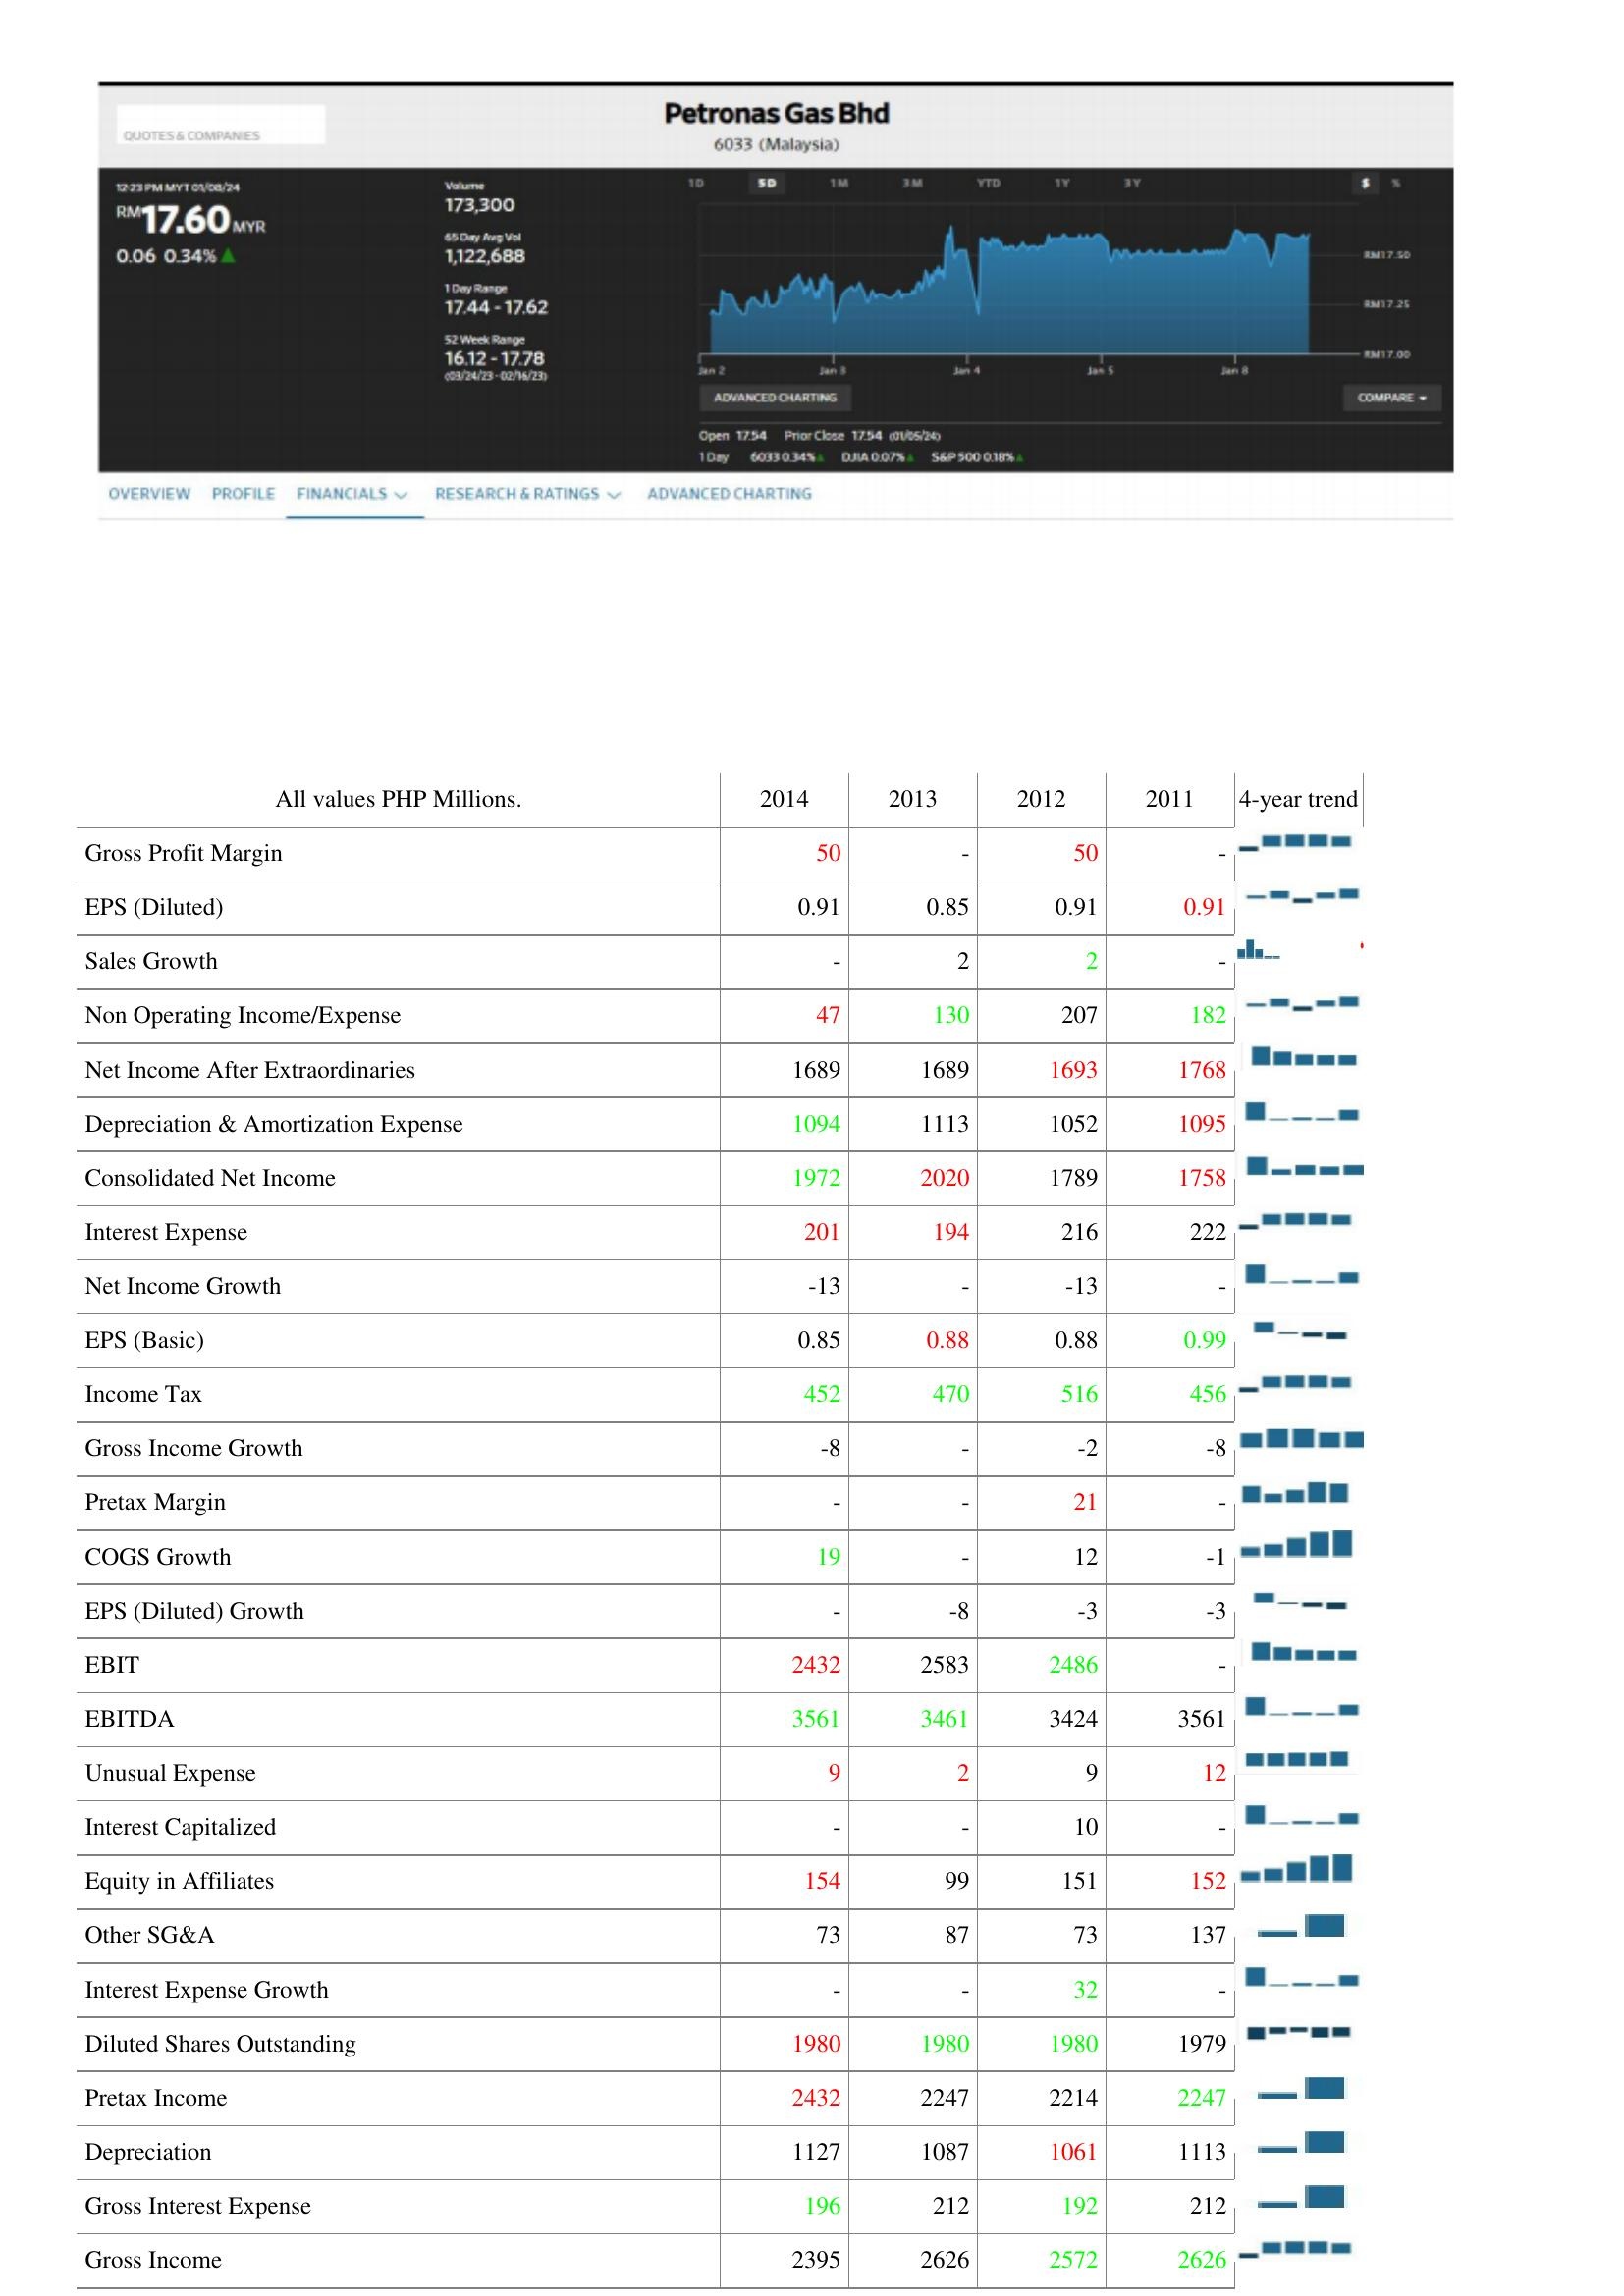
2014: : Gross Profit Margin: 50
EPS (Diluted): 0.91
Sales Growth: -
Non Operating Income/Expense: 47
Net Income After Extraordinaries: 1689
Depreciation & Amortization Expense: 1094
Consolidated Net Income: 1972
Interest Expense: 201
Net Income Growth: -13
EPS (Basic): 0.85
Income Tax: 452
Gross Income Growth: -8
Pretax Margin: -
COGS Growth: 19
EPS (Diluted) Growth: -
EBIT: 2432
EBITDA: 3561
Unusual Expense: 9
Interest Capitalized: -
Equity in Affiliates: 154
Other SG&A: 73
Interest Expense Growth: -
Diluted Shares Outstanding: 1980
Pretax Income: 2432
Depreciation: 1127
Gross Interest Expense: 196
Gross Income: 2395
2013: : Gross Profit Margin: -
EPS (Diluted): 0.85
Sales Growth: 2
Non Operating Income/Expense: 130
Net Income After Extraordinaries: 1689
Depreciation & Amortization Expense: 1113
Consolidated Net Income: 2020
Interest Expense: 194
Net Income Growth: -
EPS (Basic): 0.88
Income Tax: 470
Gross Income Growth: -
Pretax Margin: -
COGS Growth: -
EPS (Diluted) Growth: -8
EBIT: 2583
EBITDA: 3461
Unusual Expense: 2
Interest Capitalized: -
Equity in Affiliates: 99
Other SG&A: 87
Interest Expense Growth: -
Diluted Shares Outstanding: 1980
Pretax Income: 2247
Depreciation: 1087
Gross Interest Expense: 212
Gross Income: 2626
2012: : Gross Profit Margin: 50
EPS (Diluted): 0.91
Sales Growth: 2
Non Operating Income/Expense: 207
Net Income After Extraordinaries: 1693
Depreciation & Amortization Expense: 1052
Consolidated Net Income: 1789
Interest Expense: 216
Net Income Growth: -13
EPS (Basic): 0.88
Income Tax: 516
Gross Income Growth: -2
Pretax Margin: 21
COGS Growth: 12
EPS (Diluted) Growth: -3
EBIT: 2486
EBITDA: 3424
Unusual Expense: 9
Interest Capitalized: 10
Equity in Affiliates: 151
Other SG&A: 73
Interest Expense Growth: 32
Diluted Shares Outstanding: 1980
Pretax Income: 2214
Depreciation: 1061
Gross Interest Expense: 192
Gross Income: 2572
2011: : Gross Profit Margin: -
EPS (Diluted): 0.91
Sales Growth: -
Non Operating Income/Expense: 182
Net Income After Extraordinaries: 1768
Depreciation & Amortization Expense: 1095
Consolidated Net Income: 1758
Interest Expense: 222
Net Income Growth: -
EPS (Basic): 0.99
Income Tax: 456
Gross Income Growth: -8
Pretax Margin: -
COGS Growth: -1
EPS (Diluted) Growth: -3
EBIT: -
EBITDA: 3561
Unusual Expense: 12
Interest Capitalized: -
Equity in Affiliates: 152
Other SG&A: 137
Interest Expense Growth: -
Diluted Shares Outstanding: 1979
Pretax Income: 2247
Depreciation: 1113
Gross Interest Expense: 212
Gross Income: 2626